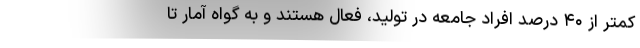
کمتر از ۴۰ درصد افراد جامعه در تولید، فعال هستند و به گواه آمار تا